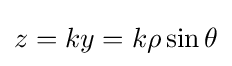
z=ky=k\rho \sin \theta